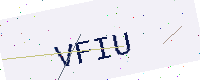
Text: VFIU